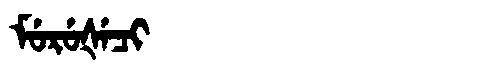
Manchu: ᠮᡠᡵᡠᡧᡝᠴᡳ
Romanization: MURUŠECI